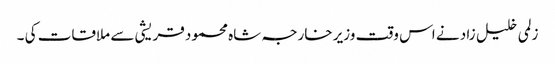
زلمی خلیل زاد نے اس وقت وزیر خارجہ شاہ محمود قریشی سے ملاقات کی ۔